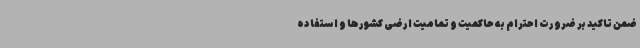
ضمن تاکید بر ضرورت احترام به حاکمیت و تمامیت ارضی کشورها و استفاده